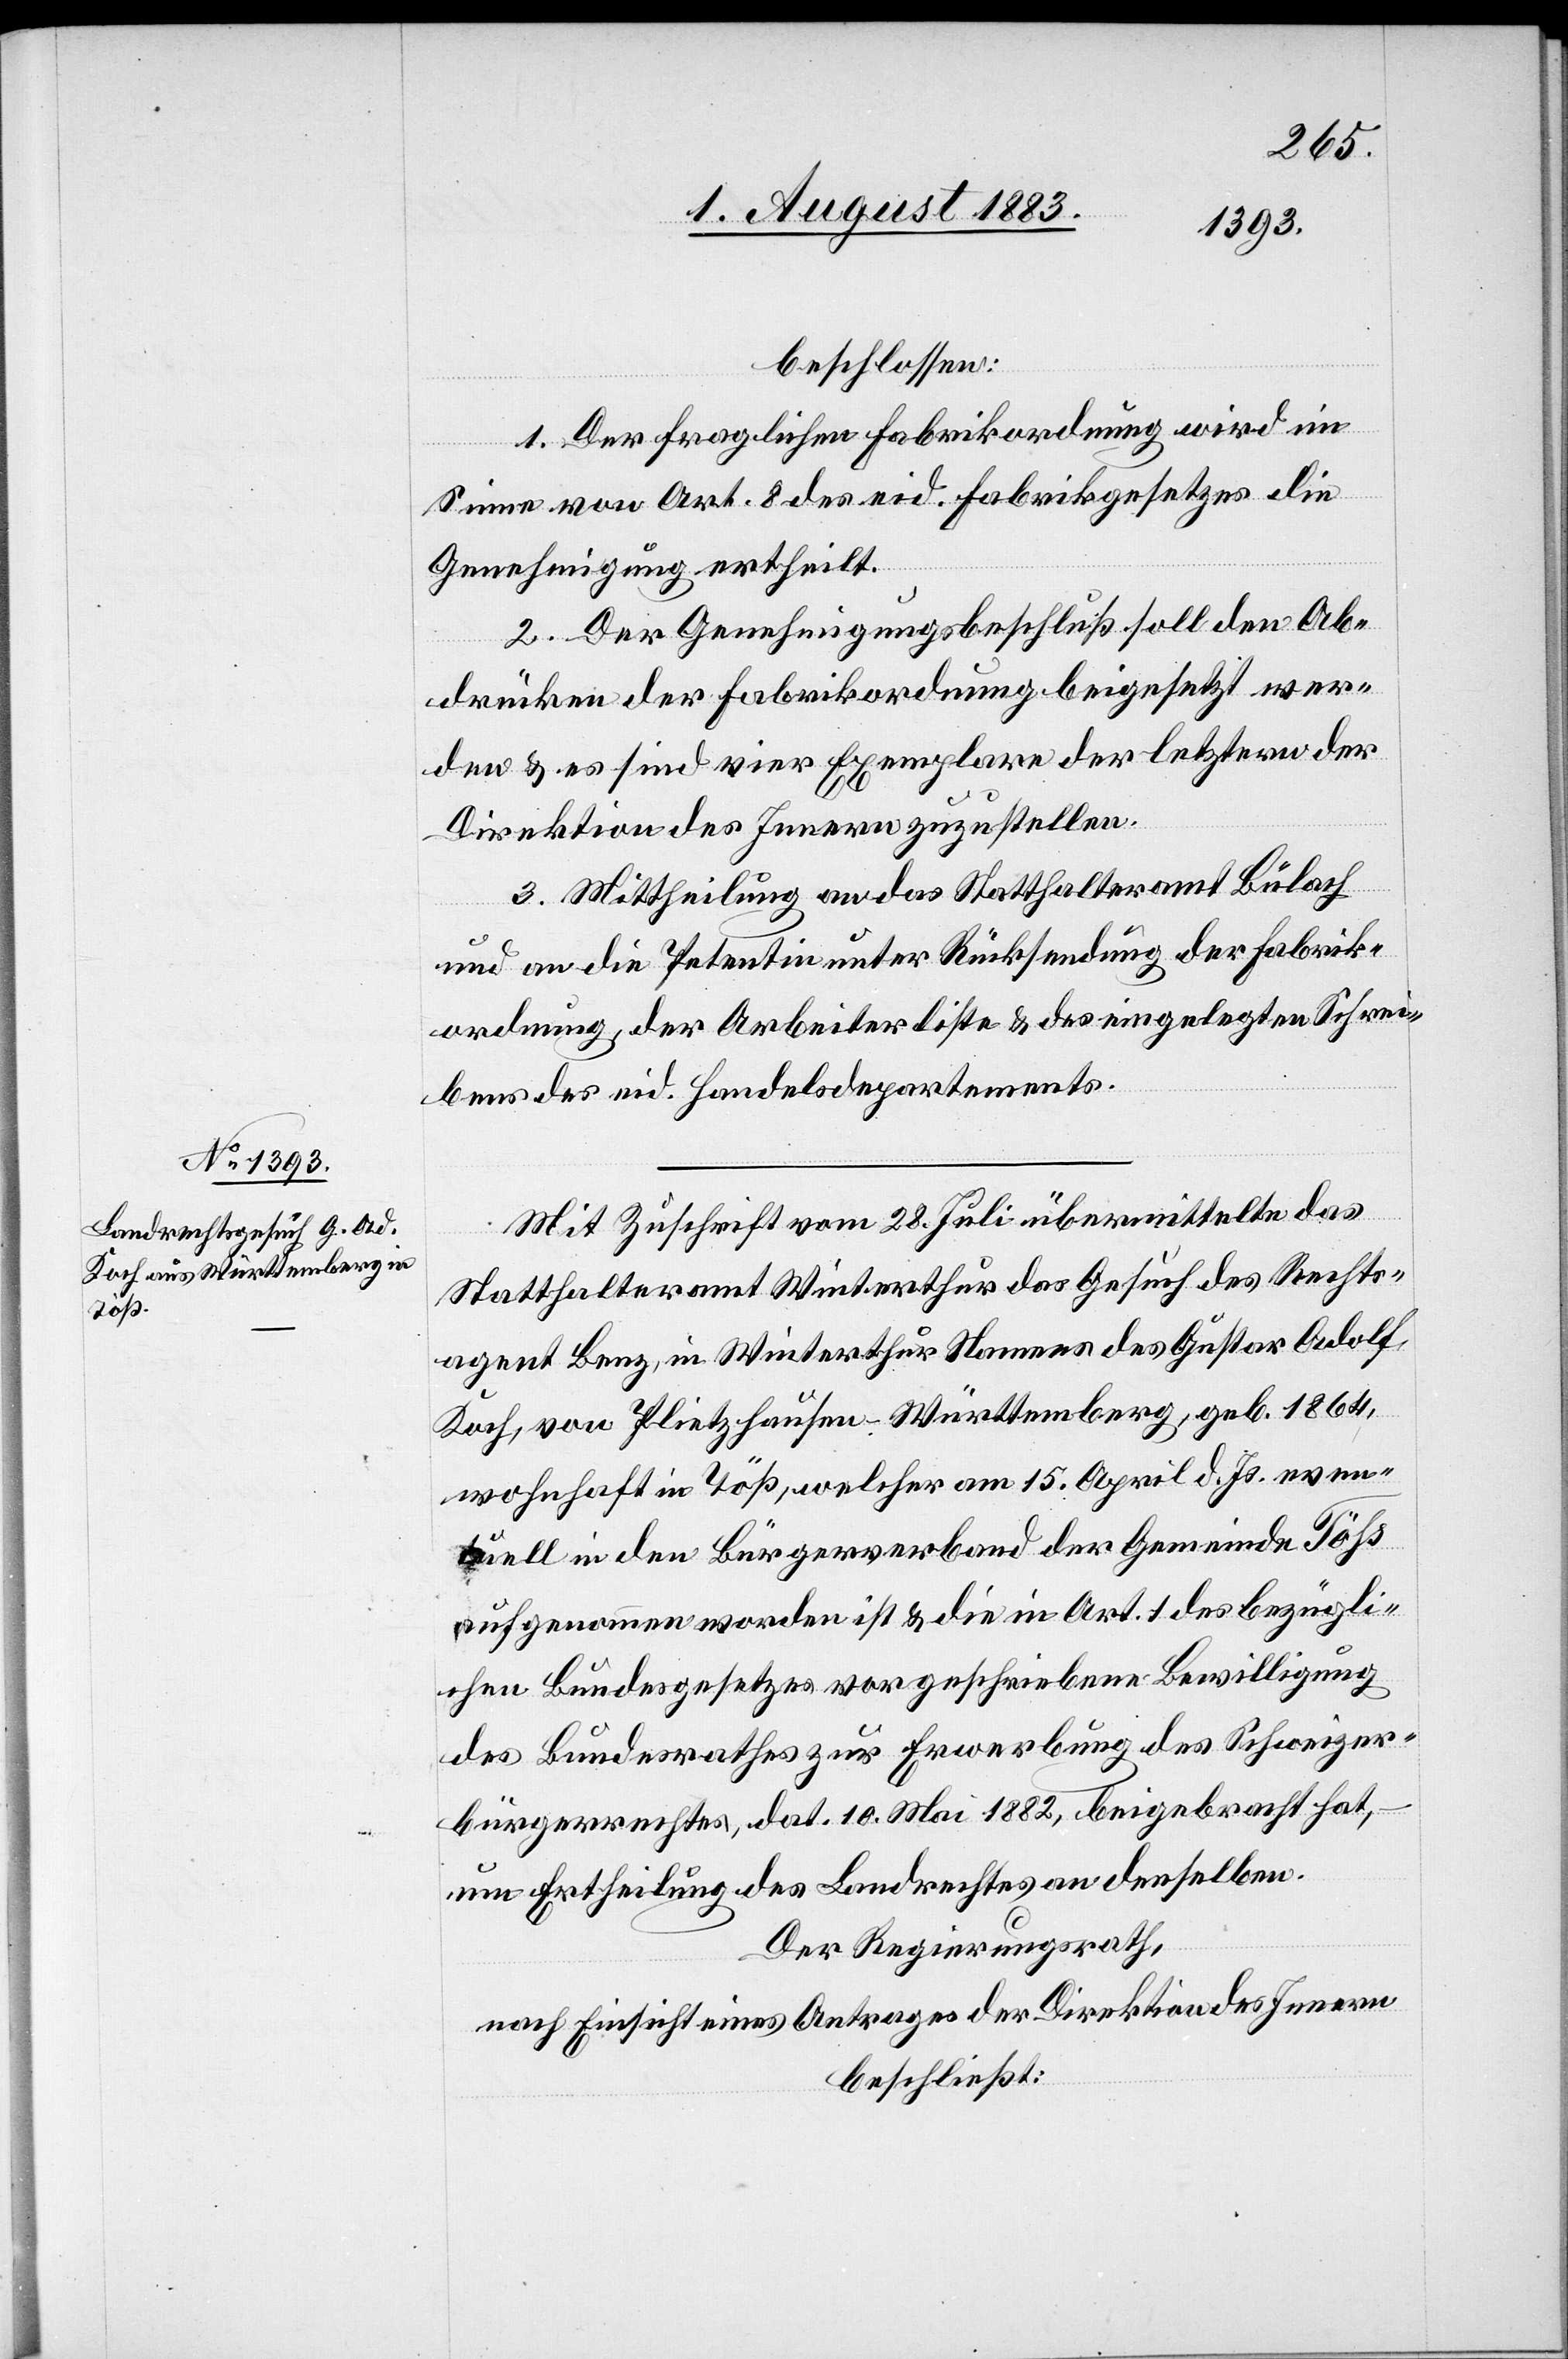
beschlossen:
1. Der fraglichen Fabrikordnung wird im
Sinne von Art. 8 des eid. Fabrikgesetzes die
Genehmigung ertheilt.
2. Der Genehmigungsbeschluß soll den Ab¬
drücken der Fabrikordnung beigesetzt wer¬
den & es sind vier Exemplare der letztern der
Direktion des Innern zuzustellen.
3. Mittheilung an das Statthalteramt Bülach
und an die Petentin unter Rücksendung der Fabrik¬
ordnung, der Arbeiterliste & des eingelegten Schrei¬
bens des eid. Handelsdepartements.
Mit Zuschrift vom 28. Juli übermittelte das
Statthalteramt Winterthur das Gesuch des Rechts¬
agent Benz, in Winterthur Namens des Gustar [sic!]
Koch, von Pleitzhausen - Württemberg, geb. 1864,
wohnhaft in Töß, welcher am 15. April l. Js. even¬
tuell in den Bürgerverband der Gemeinde Töß
aufgenommen worden ist & die in Art. 1 des bezügli¬
chen Bundesgesetzes vorgeschriebene Bewilligung
des Bundesrathes zur Erwerbung des Schweizer¬
bürgerrechtes, dat. 10. Mai 1882, beigebracht hat,
um Ertheilung des Landrechtes an denselben.
Der Regierungsrath,
nach Einsicht eines Antrages der Direktion des Innern
beschließt: